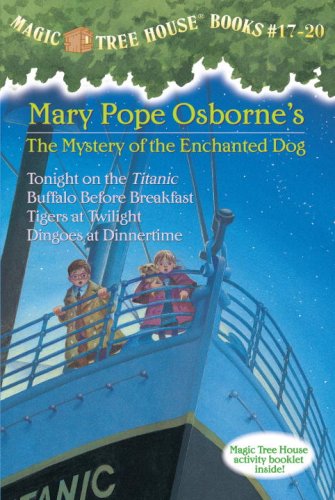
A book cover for Magic Tree House Volumes 17-20 Boxed Set: The Mystery of the Enchanted Dog; Mary Pope Osborne; Children's Books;